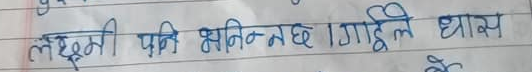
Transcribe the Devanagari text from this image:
लक्ष्मी पनि भक्निन्छ। गाईले घास